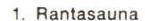
1. Rantasauna